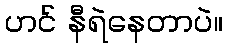
ဟင် နီရဲနေတာပဲ။